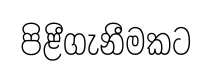
පිළීගැනීමකට